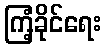
ကြံ့ခိုင်ရေး